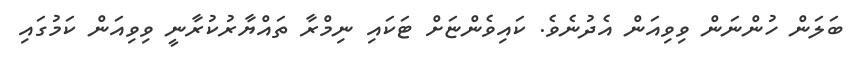
ބަލަން ހުންނަން ވިވިއަން އެދުނެވެ. ކައިވެންޏަށް ޓަކައި ނިމްރާ ތައްޔާރުކުރާނީ ވިވިއަން ކަމުގައި